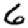
Digit: 6